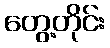
တွေ့တိုင်း